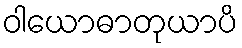
ဝါယောဓာတုယာပိ